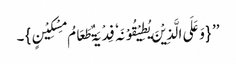
’’ {وَعَلَی الَّذِیْنَ یُطِیْقُوْنَہٗ فِدْیَۃٌ طَعَامُ مِسْکِیْنٍ}۔